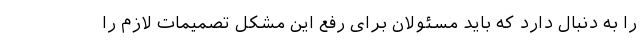
را به دنبال دارد که باید مسئولان برای رفع این مشکل تصمیمات لازم را